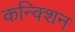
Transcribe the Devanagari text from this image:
कन्क्शिन